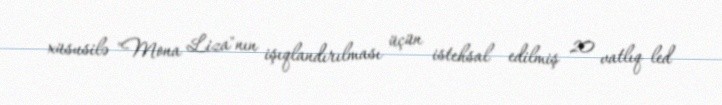
xüsusilə "Mona Liza"nın işıqlandırılması üçün istehsal edilmiş 20 vatlıq led